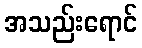
အသည်းရောင်